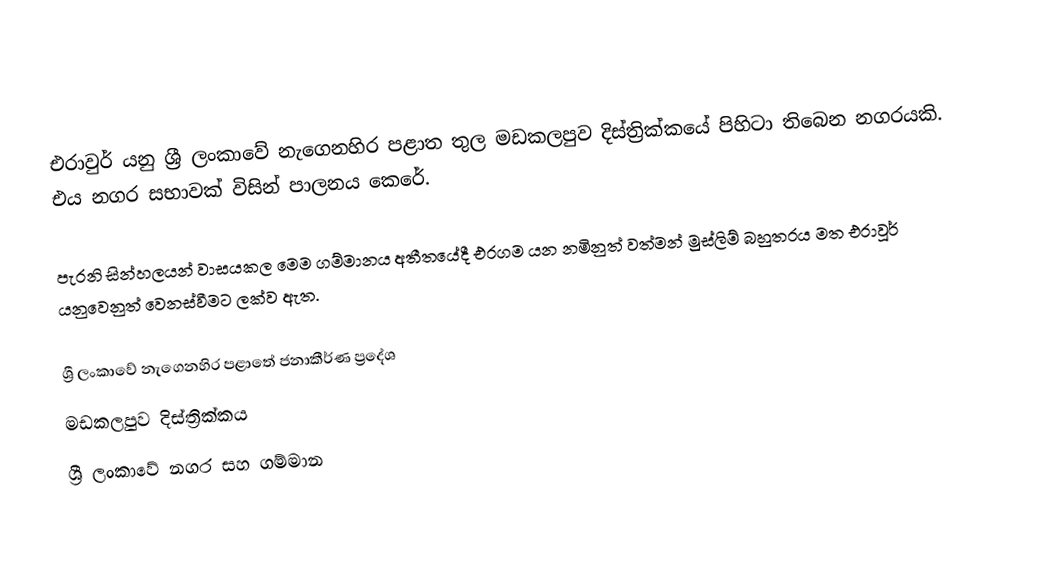
එරාවුර් යනු ශ්‍රී ලංකාවේ නැගෙනහිර පළාත තුල මඩකලපුව දිස්ත්‍රික්කයේ පිහිටා තිබෙන නගරයකි. එය නගර සභාවක් විසින් පාලනය කෙරේ.

පැරනි සින්හලයන් වාසයකල මෙම ගම්මානය අතීතයේදී එරගම යන නමිනුත් වත්මන් මුස්ලිම් බහුතරය මත එරාවූර් යනුවෙනුත් වෙනස්වීමට ලක්ව ඇත.

ශ්‍රී ලංකාවේ නැගෙනහිර පළාතේ ජනාකීර්ණ ප්‍රදේශ
මඩකලපුව දිස්ත්‍රික්කය
ශ්‍රී ලංකාවේ නගර සහ ගම්මාන